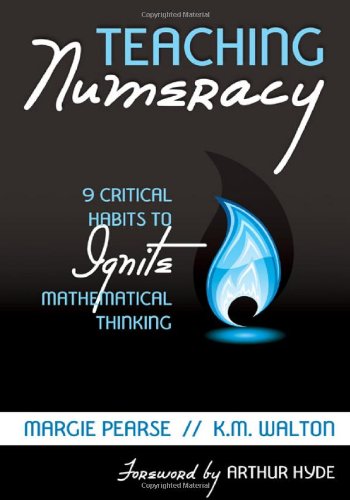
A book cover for Teaching Numeracy: 9 Critical Habits to Ignite Mathematical Thinking; Margie Pearse; Science & Math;